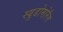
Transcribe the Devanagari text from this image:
स्यूडोमोनैस